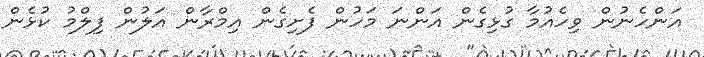
އަންހެނުން ވިހެއުމާ ގުޅިގެން އަންނަ މަހުން ފެށިގެން އިމްރާން އަލުން ފިލްމު ކުޅެން